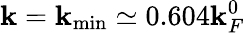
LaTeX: \mathbf{k}=\mathbf{k}_{\mathrm{{min}}}\simeq0.604\mathbf{k}_{F}^{0}